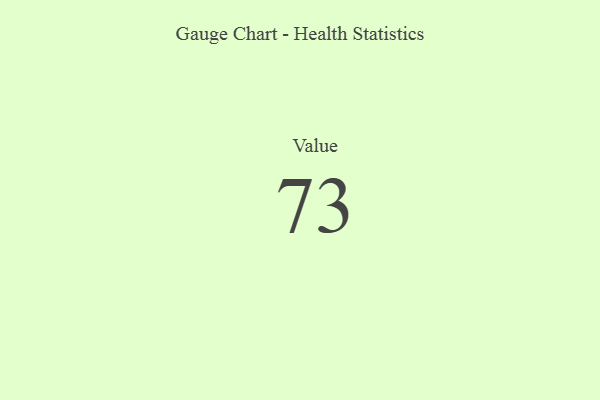
{"axis": {"x": "Metric", "y": "Value"}, "legend": [""], "data": [{"x": "Value", "y": 73, "type": ""}]}